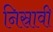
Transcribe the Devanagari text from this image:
निस्रावी